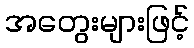
အတွေးများဖြင့်